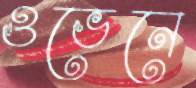
ওভেনে